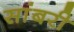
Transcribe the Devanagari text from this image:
सांबरी